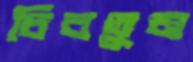
চিবতুম